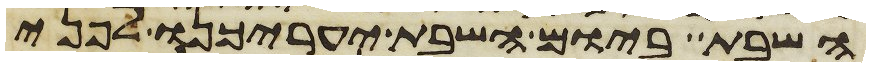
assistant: השבת ביום השבת יערכנו לפני